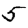
Digit: 5